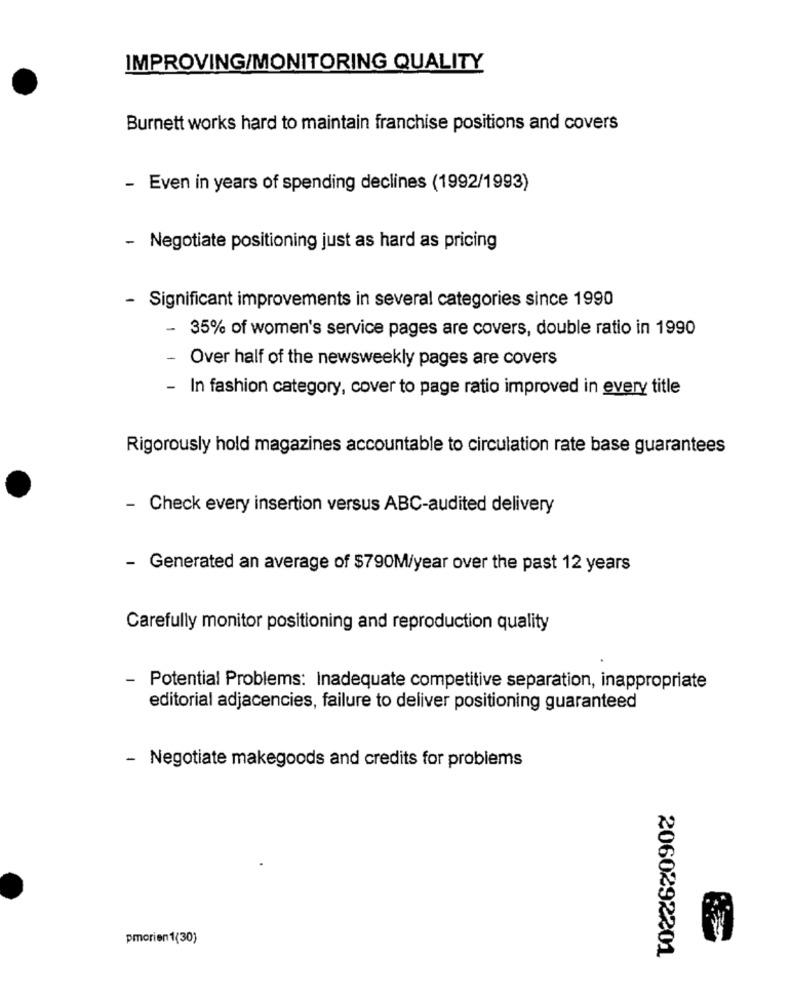
IMPROVING/MONITORING QUALITY
Burnett works hard to maintain franchise positions and covers
- Even in years of spending declines (1992/1993)
- Negotiate positioning just as hard as pricing
- Significant improvements in several categories since 1990
- 35% of women's service pages are covers, double ratio in 1990
- Over half of the newsweekly pages are covers
- In fashion category, cover to page ratio improved in every title
Rigorously hold magazines accountable to circulation rate base guarantees
Check every insertion versus ABC-audited delivery
- Generated an average of $790M/year over the past 12 years
Carefully monitor positioning and reproduction quality
- Potential Problems: Inadequate competitive separation, inappropriate
editorial adjacencies, failure to deliver positioning guaranteed
- Negotiate makegoods and credits for problems
pmorien 1(30)
2060292201